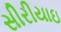
સીરીયાઇ